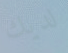
لديك